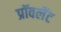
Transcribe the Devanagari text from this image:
प्रॉवलेंट